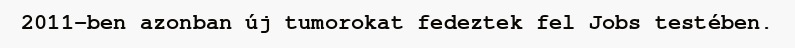
2011-ben azonban új tumorokat fedeztek fel Jobs testében.